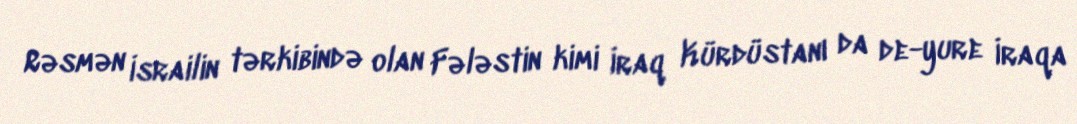
Rəsmən İsrailin tərkibində olan Fələstin kimi İraq Kürdüstanı da de-yure İraqa